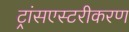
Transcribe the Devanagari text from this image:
ट्रांसएस्टरीकरण